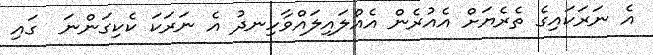
އެ ނަރަކައިގެ ތެރެޔަށް އެއުރެން އެއްލައިލައްވާހިނދު އެ ނަރަކަ ކެކިގަންނަ  ގައި